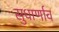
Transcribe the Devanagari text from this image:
सुधार्णाव